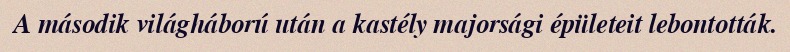
A második világháború után a kastély majorsági épületeit lebontották.